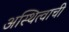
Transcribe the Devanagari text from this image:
अस्थित्वाची